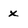
Character: x